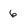
Character: 6